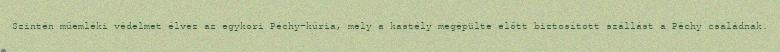
Szintén műemléki védelmet élvez az egykori Péchy-kúria, mely a kastély megépülte előtt biztosított szállást a Péchy családnak.